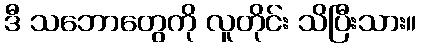
ဒီ သဘောတွေကို လူတိုင်း သိပြီးသား။